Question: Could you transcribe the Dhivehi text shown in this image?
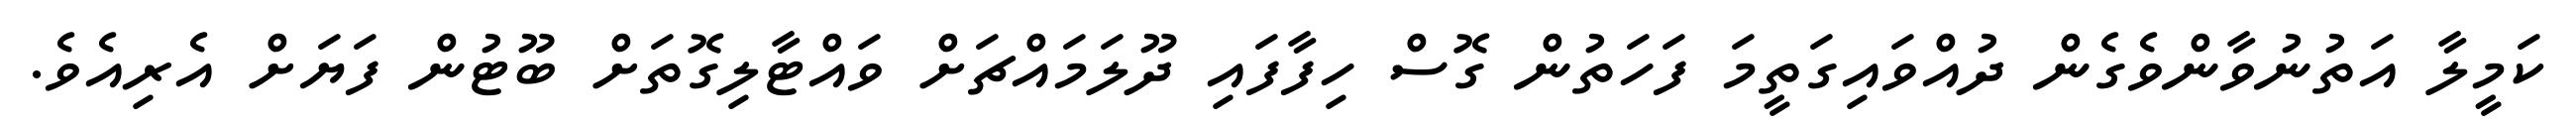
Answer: ކަމީލާ އަތުނުވާންވެގެން ދުއްވައިގަތީމަ ފަހަތުން ގޮސް ހިފާފައި ދޫލަމައްޗަށް ވައްޓާލިގޮތަށް ބޫޓުން ފަޔަށް އެރިއެވެ.